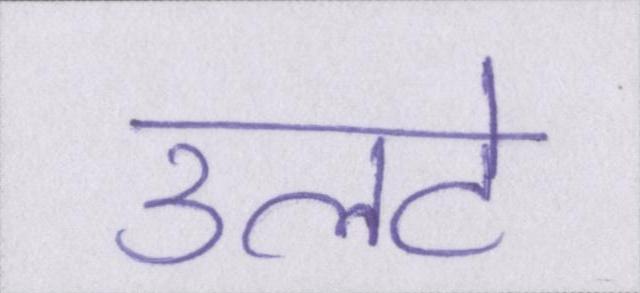
उलटे